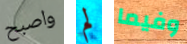
واصبح لم وفيما